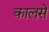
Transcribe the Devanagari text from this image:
कालसे